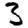
Digit: 3